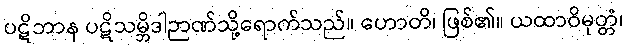
ပဋိဘာန ပဋိသမ္ဘိဒါဉာဏ်သို့ရောက်သည်။ ဟောတိ၊ ဖြစ်၏။ ယထာဝိမုတ္တံ၊